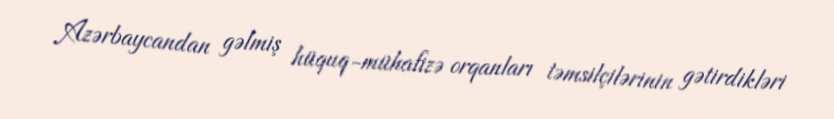
Azərbaycandan gəlmiş hüquq-mühafizə orqanları təmsilçilərinin gətirdikləri